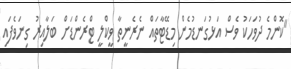
"ކޮންމެ ދުވަހަކު ވެސް އަޅުގަނޑުމެން މިޑޭޓާތައް ނެރެނީތާ ވީކްލީ ޓްރެންޑަށް ބަލާއިރު ގިނަވެފައި